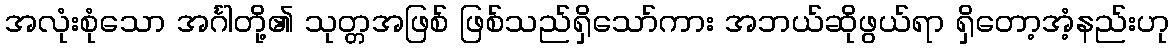
အလုံးစုံသော အင်္ဂါတို့၏ သုတ္တအဖြစ် ဖြစ်သည်ရှိသော်ကား အဘယ်ဆိုဖွယ်ရာ ရှိတော့အံ့နည်းဟု